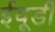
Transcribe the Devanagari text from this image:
ईयूडी